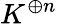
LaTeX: K^{\oplus n}